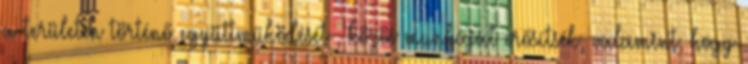
a területen történő együttműködését-, közös munkáját erősítsék, valamint, hogy